Indian journal of veterinary science and animal husbandry - Volumes 18-21, 1948-1951
Year: 1948
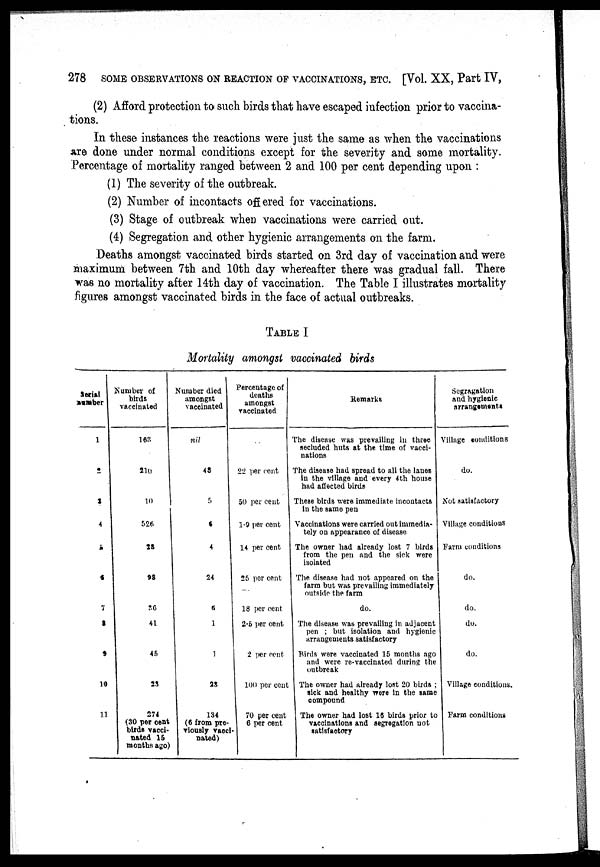
278 SOME OBSERVATIONS ON REACTION OF VACCINATIONS, ETC. [Vol. XX, Part IV,
(2) Afford protection to such birds that have escaped infection prior to vaccina-
tions.
In these instances the reactions were just the same as when the vaccinations
are done under normal conditions except for the severity and some mortality.
Percentage of mortality ranged between 2 and 100 per cent depending upon:
(1) The severity of the outbreak.
(2) Number of incontacts offered for vaccinations.
(3) Stage of outbreak when vaccinations were carried out.
(4) Segregation and other hygienic arrangements on the farm.
Deaths amongst vaccinated birds started on 3rd day of vaccination and were
maximum between 7th and 10th day whereafter there was gradual fall. There
was no mortality after 14th day of vaccination. The Table I illustrates mortality
figures amongst vaccinated birds in the face of actual outbreaks.
TABLE I
Mortality amongst vaccinated birds
Serial
number
1
2
3
4
5
6
7
8
9
10
11
Number of
birds
vaccinated
163
210
10
526
28
98
36
41
45
23
274
(30 per cent
birds vacci-
nated 15
months ago)
Number died
amongst
vaccinated
nil
43
5
6
4
24
5
1
1
23
134
(6 from pre-
viously vacci¬
nated)
Percentage of
deaths
amongst
vaccinated
..
22 per cent
50 per cent
1.9 per cent
14 per cent
25 per cent
18 per cent
2.5 per cent
2 per cent
100 per cent
70 per cent
6 per cent
Remarks
The disease was prevailing in three
secluded huts at the time of vacci-
nations
The disease had spread to all the lanes
in the village and every 4th house
had affected birds
These birds were immediate incontacts
in the same pen
Vaccinations were carried out immedia-
tely on appearance of disease
The owner had already lost 7 birds
from the pen and the sick were
isolated
The disease had not appeared on the
farm but was prevailing immediately
outside the farm
do.
The disease was prevailing in adjacent
pen; but isolation and hygienic
arrangements satisfactory
Birds were vaccinated 15 months ago
and were re-vaccinated during the
outbreak
The owner had already lost 20 birds;
sick and healthy were in the same
compound
The owner had lost 16 birds prior to
vaccinations and segregation not
satisfactory
Segragation
and hygienic
arrangements
Village conditions
do.
Not satisfactory
Village conditions
Farm conditions
do.
do.
do.
do.
Village conditions
Farm conditions